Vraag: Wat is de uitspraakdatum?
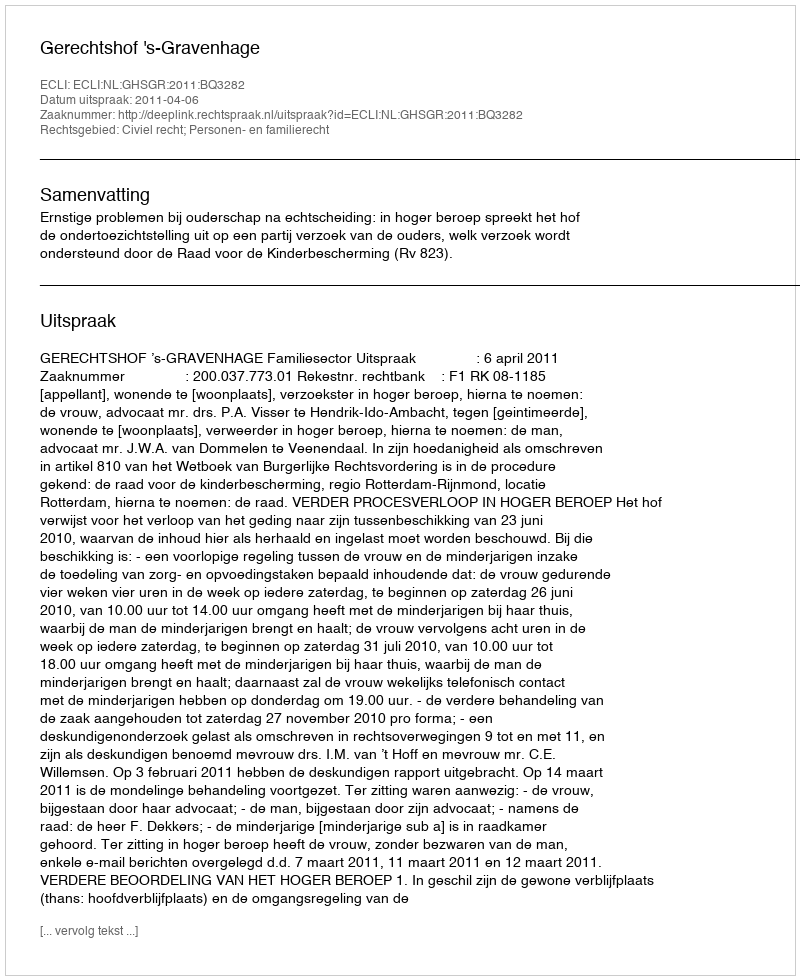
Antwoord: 2011-04-06